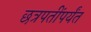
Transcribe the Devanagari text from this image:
छत्रपतींपर्यंत